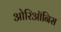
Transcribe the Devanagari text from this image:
ओरिऑनिस